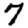
Digit: 7